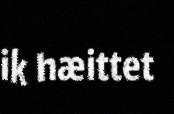
ik hæittet